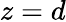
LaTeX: z=d